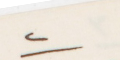
٢